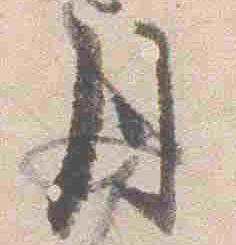
月